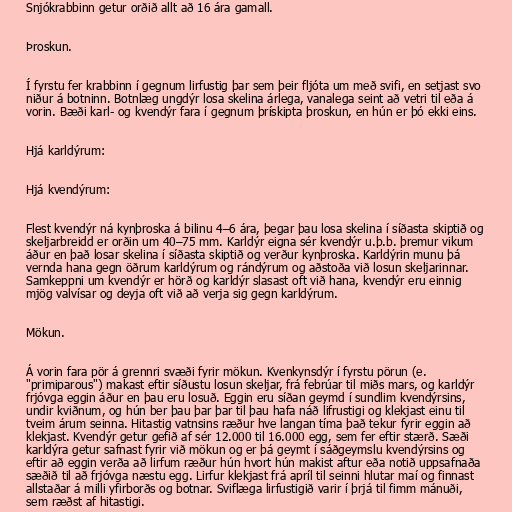
Snjókrabbinn getur orðið allt að 16 ára gamall.

Þroskun.

Í fyrstu fer krabbinn í gegnum lirfustig þar sem þeir fljóta um með svifi, en setjast svo
niður á botninn. Botnlæg ungdýr losa skelina árlega, vanalega seint að vetri til eða á
vorin. Bæði karl- og kvendýr fara í gegnum þrískipta þroskun, en hún er þó ekki eins.

Hjá karldýrum:

Hjá kvendýrum:

Flest kvendýr ná kynþroska á bilinu 4–6 ára, þegar þau losa skelina í síðasta skiptið og
skeljarbreidd er orðin um 40–75 mm. Karldýr eigna sér kvendýr u.þ.b. þremur vikum
áður en það losar skelina í síðasta skiptið og verður kynþroska. Karldýrin munu þá
vernda hana gegn öðrum karldýrum og rándýrum og aðstoða við losun skeljarinnar.
Samkeppni um kvendýr er hörð og karldýr slasast oft við hana, kvendýr eru einnig
mjög valvísar og deyja oft við að verja sig gegn karldýrum.

Mökun.

Á vorin fara pör á grennri svæði fyrir mökun. Kvenkynsdýr í fyrstu pörun (e.
"primiparous") makast eftir síðustu losun skeljar, frá febrúar til miðs mars, og karldýr
frjóvga eggin áður en þau eru losuð. Eggin eru síðan geymd í sundlim kvendýrsins,
undir kviðnum, og hún ber þau þar þar til þau hafa náð lifrustigi og klekjast einu til
tveim árum seinna. Hitastig vatnsins ræður hve langan tíma það tekur fyrir eggin að
klekjast. Kvendýr getur gefið af sér 12.000 til 16.000 egg, sem fer eftir stærð. Sæði
karldýra getur safnast fyrir við mökun og er þá geymt í sáðgeymslu kvendýrsins og
eftir að eggin verða að lirfum ræður hún hvort hún makist aftur eða notið uppsafnaða
sæðið til að frjóvga næstu egg. Lirfur klekjast frá apríl til seinni hlutar maí og finnast
allstaðar á milli yfirborðs og botnar. Sviflæga lirfustigið varir í þrjá til fimm mánuði,
sem ræðst af hitastigi.